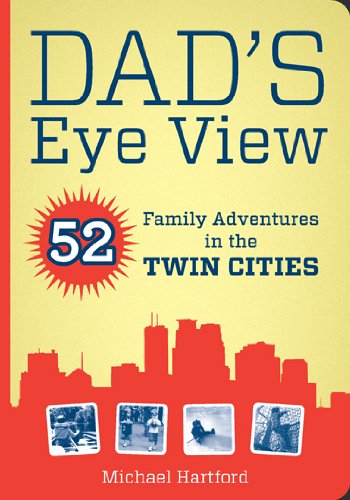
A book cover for Dad's Eye View: 52 Family Adventures in the Twin Cities; Michael Hartford; Travel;